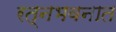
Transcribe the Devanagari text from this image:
रत्‍नभवनात